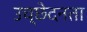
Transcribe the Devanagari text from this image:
उच्छेदनता